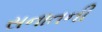
સનાતની